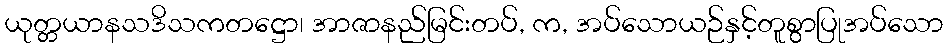
ယုတ္တယာနသဒိသကတဋ္ဌော၊ အာဇာနည်မြင်းတပ်, က, အပ်သောယဉ်နှင့်တူစွာပြုအပ်သော